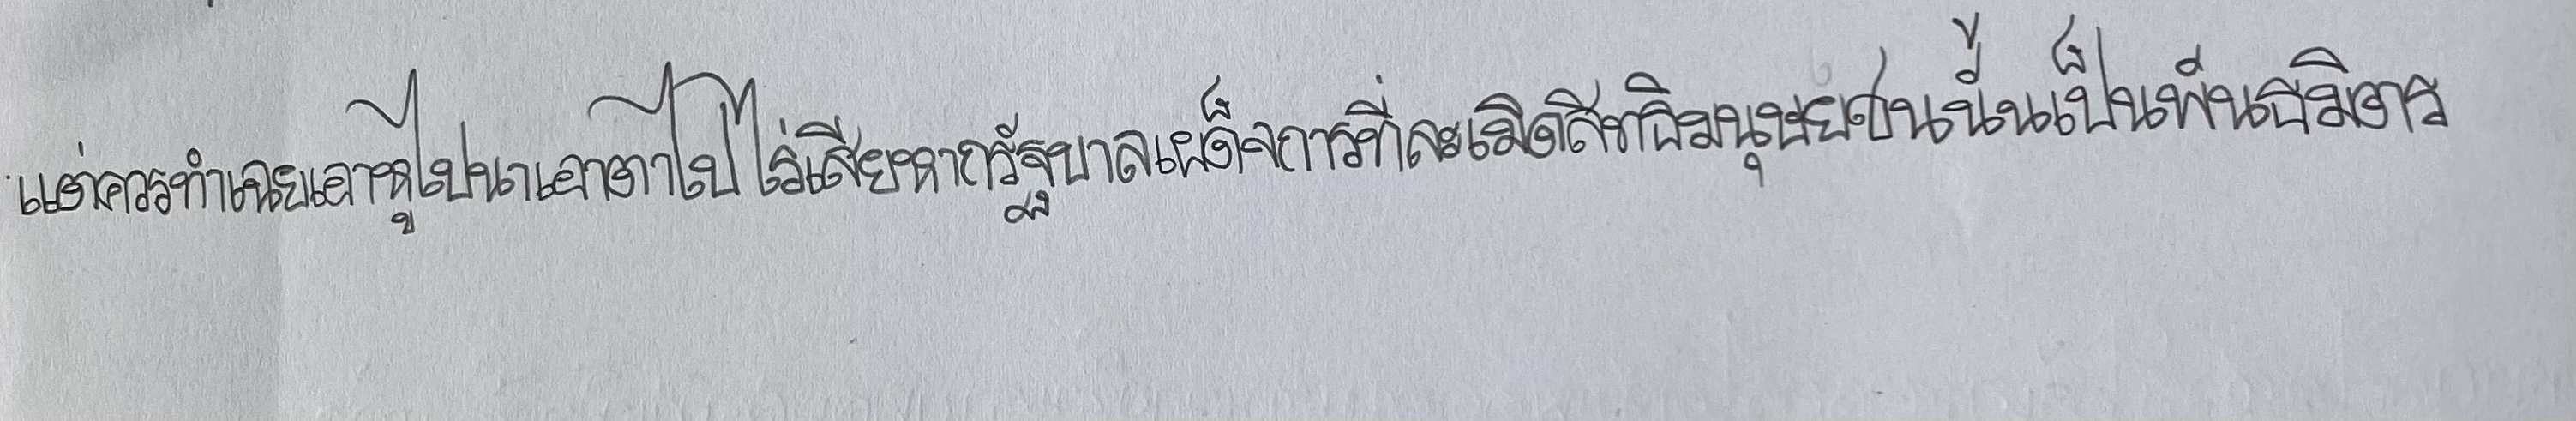
แต่ควรทำเฉยเอาหูไปนาเอาตาไปไร่เสียหากรัฐบาลเผด็จการที่ละเมิดสิทธิมนุษยชนนั้นเป็นพันธมิตร